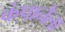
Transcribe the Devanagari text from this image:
कंपानैला